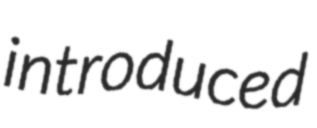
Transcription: introduced